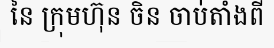
នៃ ក្រុមហ៊ុន ចិន ចាប់តាំងពី